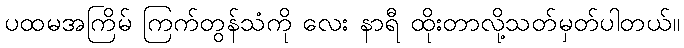
ပထမအကြိမ် ကြက်တွန်သံကို လေး နာရီ ထိုးတာလို့သတ်မှတ်ပါတယ်။